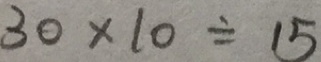
3 0 \times 1 0 \div 1 5